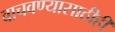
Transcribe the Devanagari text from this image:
वाचवण्यासाठीही